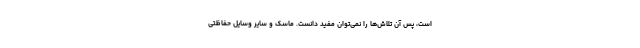
است، پس آن تلاش‌ها را نمی‌توان مفید دانست. ماسک و سایر وسایل حفاظتی